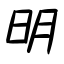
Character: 明